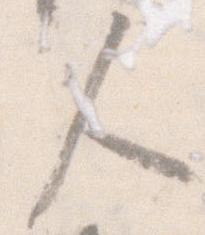
人